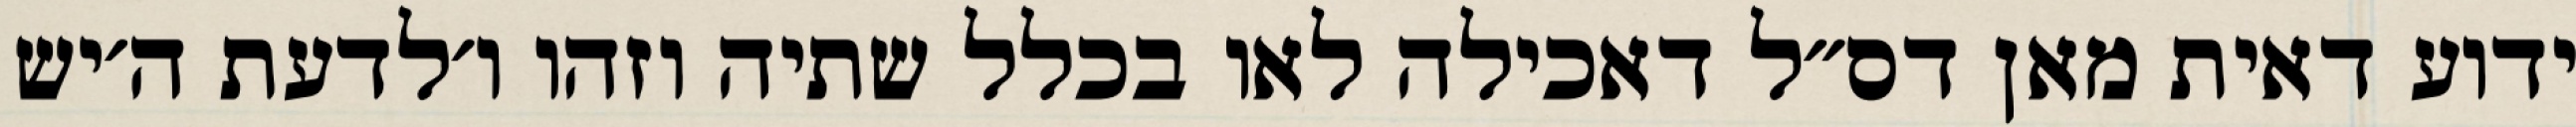
ידוע דאית מאן דס״ל דאכילה לאו בכלל שתיה וזהו ו׳לדעת ה׳יש